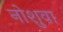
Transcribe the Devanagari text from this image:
नोशुवा